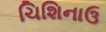
ચિશિનાઉ